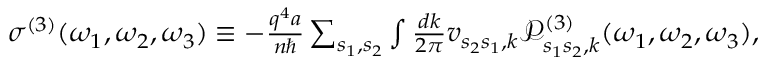
\begin{array} { r } { \sigma ^ { ( 3 ) } ( \omega _ { 1 } , \omega _ { 2 } , \omega _ { 3 } ) \equiv - \frac { q ^ { 4 } a } { n \hbar } \sum _ { s _ { 1 } , s _ { 2 } } \int \frac { d k } { 2 \pi } v _ { s _ { 2 } s _ { 1 } , k } \mathcal { P } _ { s _ { 1 } s _ { 2 } , k } ^ { ( 3 ) } ( \omega _ { 1 } , \omega _ { 2 } , \omega _ { 3 } ) , } \end{array}